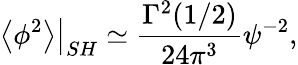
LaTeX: \left.\left<\phi^{2}\right>\right|_{SH}\simeq\frac{\Gamma^{2}(1/2)}{24\pi^{3}}\psi^{-2},